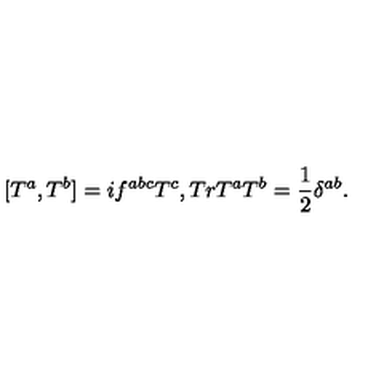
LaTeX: [ T ^ { a } , T ^ { b } ] = i f ^ { a b c } T ^ { c } , T r T ^ { a } T ^ { b } = \frac { 1 } { 2 } \delta ^ { a b } .